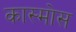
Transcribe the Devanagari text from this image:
कास्मोस